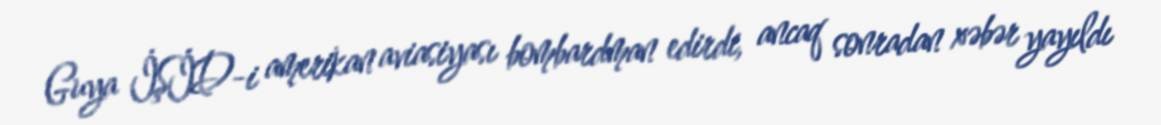
Guya İŞİD-i amerikan aviasiyası bombardman edirdi, ancaq sonradan xəbər yayıldı